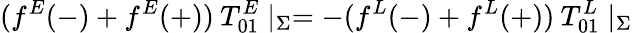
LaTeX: (f^{E}(-)+f^{E}(+))\: T_{01}^{E}\mid_{\Sigma}=-(f^{L}(-)+f^{L}(+))\: T_{01}^{L}\mid_{\Sigma}